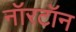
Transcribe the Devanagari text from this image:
नॉरटॉन